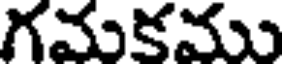
గమకము